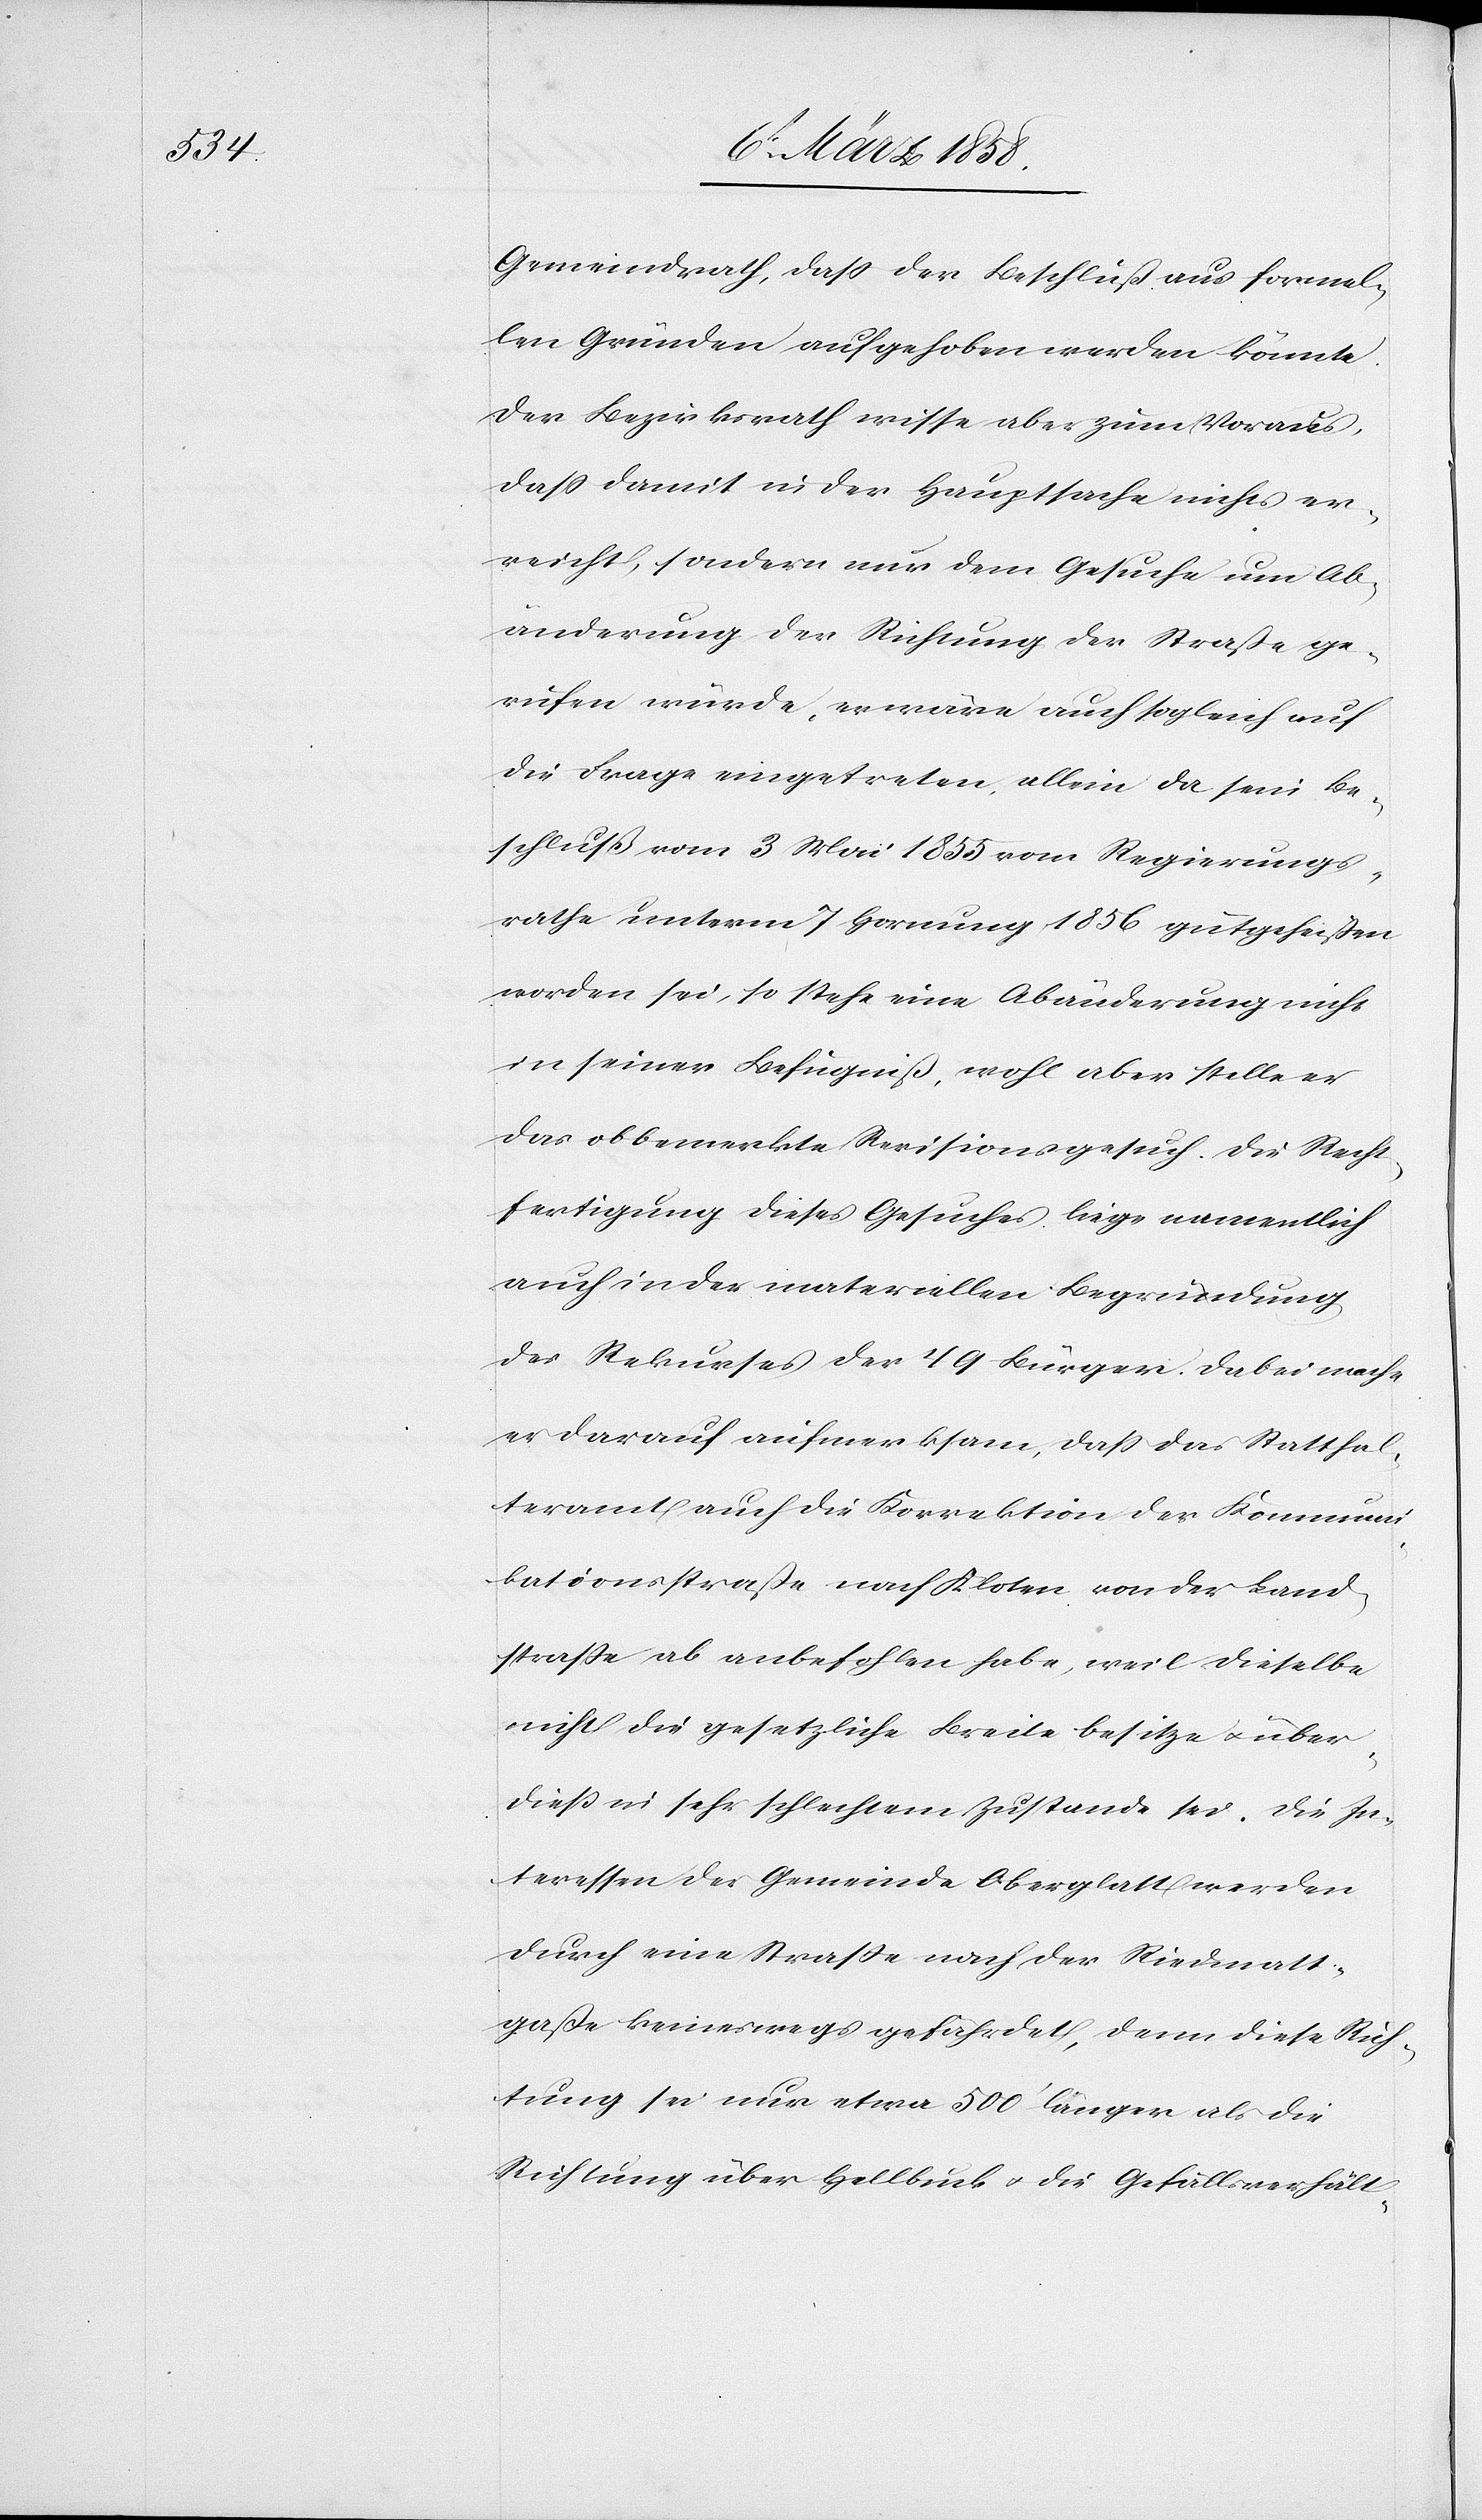
Gemeindrath, daß der Beschluß aus formel¬
len Gründen aufgehoben werden könnte.
Der Bezirksrath wisse aber zum Voraus,
daß damit in der Hauptsache nichts er¬
reicht, sondern nur dem Gesuche um Ab¬
änderung der Richtung der Straße ge¬
rufen würde, er wäre auch sogleich auf
die Frage eingetreten, allein da sein Be¬
schluß vom 3. Mai 1855 vom Regierungs¬
rathe unterm 7. Hornung 1856 gutgeheißen
worden sei, so stehe eine Abänderung nicht
in seiner Befugniß, wohl aber stelle er
das obbemerkte Revisionsgesuch. Die Recht¬
fertigung dieses Gesuches liege namentlich
auch in der materiellen Begründung
des Rekurses der 49 Bürger. Dabei mache
er darauf aufmerksam, daß das Statthal¬
teramt auch die Korrektion der Kommun¬
ikationsstraße nach Kloten von der Land¬
straße ab anbefohlen habe, weil dieselbe
nicht die gesetzliche Breite besitze u. über¬
dieß in sehr schlechtem Zustande sei. Die In¬
teressen der Gemeinde Oberglatt werden
durch eine Straße nach der Riedmatt¬
gasse keineswegs gefährdet, denn diese Rich¬
tung sei nur etwa 500’ länger als die
Richtung über Hellbuck u. die Gefällsverhält-